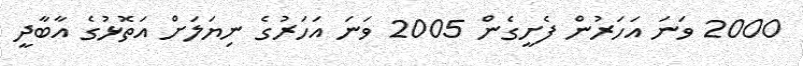
2000 ވަނަ އަހަރުން ފެށީގެން 2005 ވަނަ އަހަރުގެ ނިޔަލަށް އަތޮޅުގެ އާބާދީ